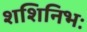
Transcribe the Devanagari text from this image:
शशिनिभः